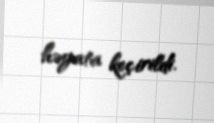
həyata keçirildi.